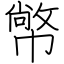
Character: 幤